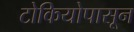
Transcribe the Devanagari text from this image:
टोकियोपासून